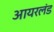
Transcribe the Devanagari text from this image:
आयरलंड